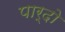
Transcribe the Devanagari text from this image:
पार्दो